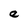
Character: e